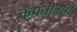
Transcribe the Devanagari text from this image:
कंपनीलाही